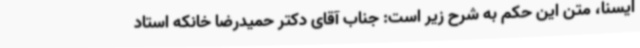
ایسنا، متن این حکم به شرح زیر است: جناب آقای دکتر حمیدرضا خانکه استاد